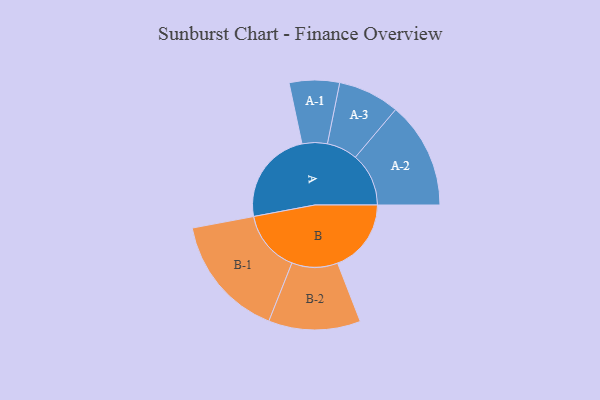
{"axis": {"x": "Segment", "y": "Value"}, "legend": ["", "A", "B"], "data": [{"x": "A", "y": 450, "type": ""}, {"x": "B", "y": 349, "type": ""}, {"x": "A-1", "y": 119, "type": "A"}, {"x": "A-2", "y": 253, "type": "A"}, {"x": "A-3", "y": 146, "type": "A"}, {"x": "B-1", "y": 293, "type": "B"}, {"x": "B-2", "y": 218, "type": "B"}]}